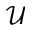
\mathcal { U }